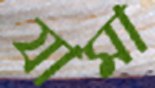
যামা